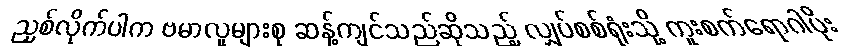
ညှစ်လိုက်ပါက ဗမာလူများစု ဆန့်ကျင်သည်ဆိုသည့် လျှပ်စစ်ရုံးသို့ ကူးစက်ရောဂါပိုး